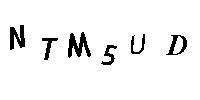
NTM5UD